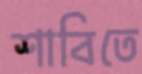
শাবিতে